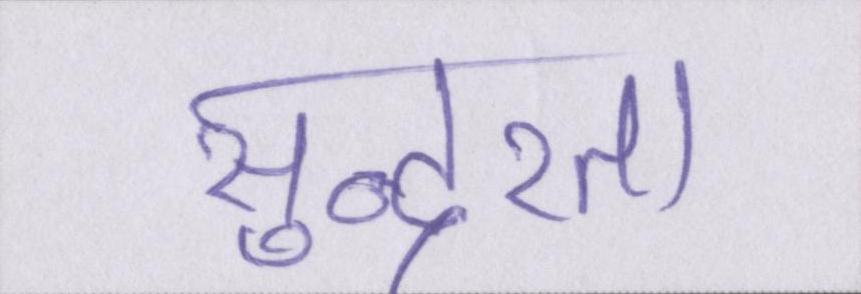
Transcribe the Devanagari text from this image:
सुन्दरता